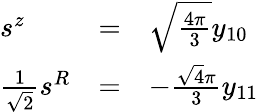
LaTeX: \begin{array}{lll}{{s^{z}}}&{{=}}&{{\sqrt{\frac{4\pi}{3}}y_{10}}}\\ {{{\frac{1}{\sqrt 2}}s^{R}}}&{{=}}&{{-{\frac{\sqrt 4\pi}{3}}y_{11}}}\end{array}